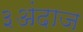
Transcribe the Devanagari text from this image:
३अंदाज